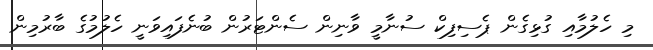
މި ހެލުމާއި ގުޅިގެން ޕެސިފިކް ސުނާމީ ވާނިން ސެންޓަރުން ބުނެފައިވަނީ ހެލުމުގެ ބާރުމިން